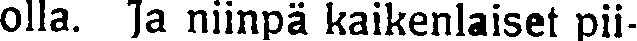
olla. Ja niinpä kaikenlaiset pii-